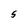
Character: S